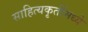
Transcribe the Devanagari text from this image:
साहित्यकृतींमध्ये